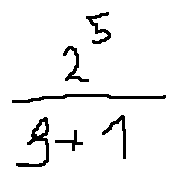
\frac { 2 ^ { 5 } } { 3 + 1 }